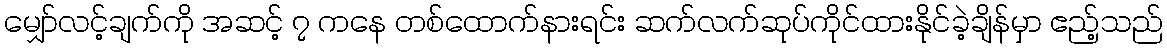
မျှော်လင့်ချက်ကို အဆင့် ၇ ကနေ တစ်ထောက်နားရင်း ဆက်လက်ဆုပ်ကိုင်ထားနိုင်ခဲ့ချိန်မှာ ဧည့်သည်